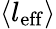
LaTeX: \langle l_{\mathrm{eff}}\rangle